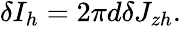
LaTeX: \begin{array}{r}{\delta I_{h}=2\pi d\delta J_{zh}.}\end{array}